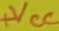
Text: +VCC